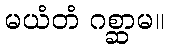
မယံတံ ဂစ္ဆာမ။